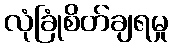
လုံခြုံစိတ်ချရမှု